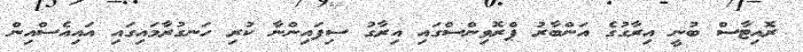
ރޮއިޓާސް ބުނީ އިރާގުގެ އަންބާރު ޕްރޮވިންސްގައި އިރާގު ސިފައިންނާ ކުރި ހަނގުރާމައިގައި އައިއެސްއިން